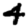
Digit: 4